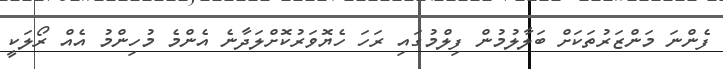
ފެންނަ މަންޒަރުތަކަށް ބަލާލުމުން ފިލްމުގައި ރަހަ ހެޔޮވަރުކޮށްލަދާނެ އެންމެ މުހިންމު އެއް ރޯލަކީ